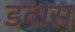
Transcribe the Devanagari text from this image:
डवास